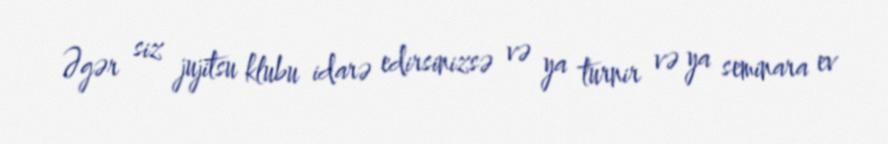
Əgər siz jujitsu klubu idarə edirsinizsə və ya turnir və ya seminara ev